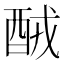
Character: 𨠤